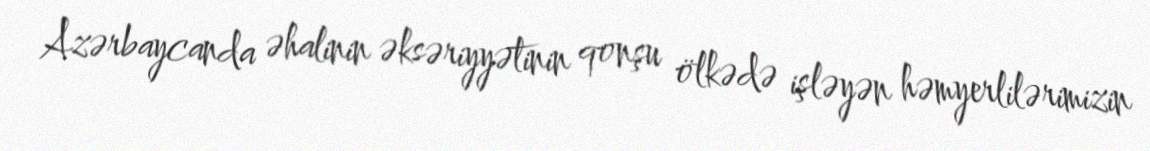
Azərbaycanda əhalinin əksəriyyətinin qonşu ölkədə işləyən həmyerlilərimizin